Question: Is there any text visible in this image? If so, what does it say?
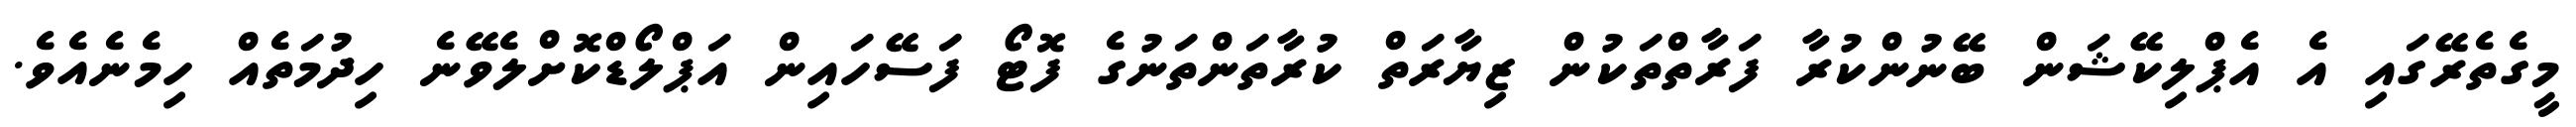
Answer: މީގެތެރޭގައި އެ އެޕްލިކޭޝަން ބޭނުންކުރާ ފަރާތްތަކުން ޒިޔާރަތް ކުރާތަންތަނުގެ ފޮޓޯ ފަސޭހައިން އަޕްލޯޑްކޮށްލެވޭނެ ހިދުމަތެއް ހިމެނެއެވެ.